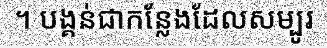
។ បង្គន់ជាកន្លែងដែលសម្បូរ